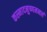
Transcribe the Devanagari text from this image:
कस्मादनुष्णमनलं